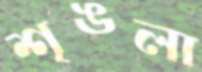
শৃঙলা